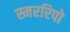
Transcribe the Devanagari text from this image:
स्मररिपो